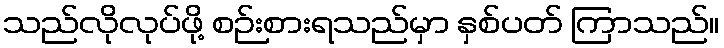
သည်လိုလုပ်ဖို့ စဉ်းစားရသည်မှာ နှစ်ပတ် ကြာသည်။